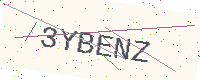
Text: 3YBENZ